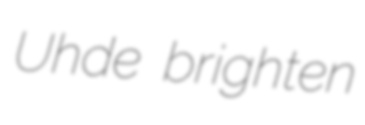
Uhde brighten